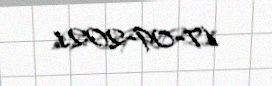
17-09-2021